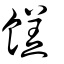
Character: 餻